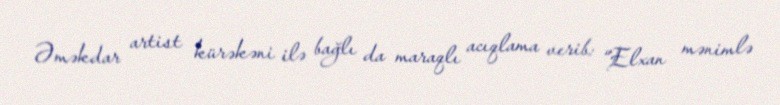
Əməkdar artist kürəkəni ilə bağlı da maraqlı acıqlama verib: “Elxan mənimlə